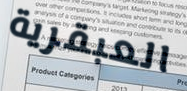
العبقرية